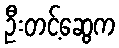
ဦးတင့်ဆွေက